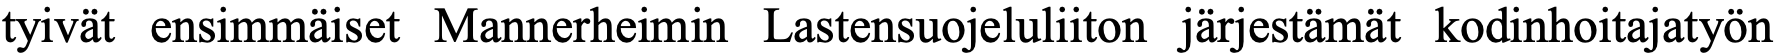
tyivät ensimmäiset Mannerheimin Lastensuojeluliiton järjestämät kodinhoitajatyön